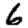
Digit: 6